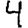
Digit: 4